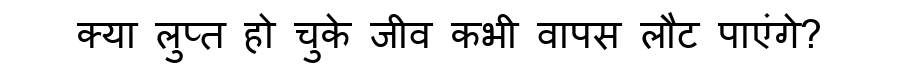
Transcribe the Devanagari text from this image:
क्या लुप्त हो चुके जीव कभी वापस लौट पाएंगे?